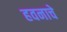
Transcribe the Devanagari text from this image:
हवनाचे